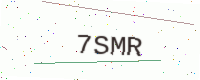
Text: 7SMR